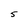
Character: 5